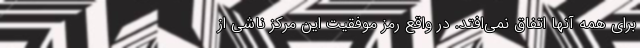
برای همه آنها اتفاق نمی‌افتد. در واقع رمز موفقیت این مرکز ناشی از